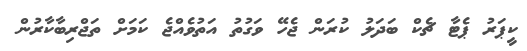
ކީޕަރު ޕެޓާ ޗެކް ބަދަލު ކުރަން ޖެހޭ ވަގުތު އަތުވެއްޖެ ކަމަށް ތަޖްރިބާކާރުން